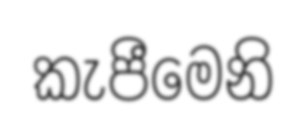
කැපීමෙනි